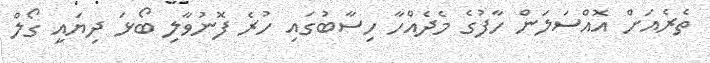
ތެރެއަށް އޮއްސަލަން ހާފުގެ މެދެއްހާ ހިސާބުގައި ހުރެ ފޮނުވާލި ބޯޅަ ދިޔައީ ގޯލް